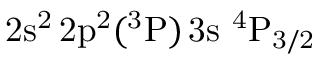
\mathrm { 2 s ^ { 2 } \, 2 p ^ { 2 } ( ^ { 3 } P ) \, 3 s ~ ^ { 4 } P _ { 3 / 2 } }